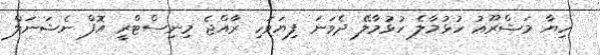
ހިޔާ މަޝްރޫޢު ހުޅުމާލެ ހުޅުމާލޭ ދެވަނަ ފިޔަވަހި ރާއްޖެ މިނިސްޓްރީ އޮފް ނެޝަނަލް